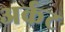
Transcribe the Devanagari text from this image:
अर्कट